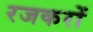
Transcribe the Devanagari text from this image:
रजकरों